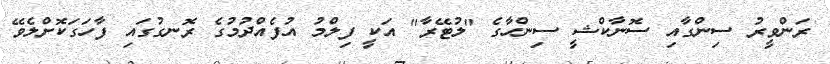
ރަންވީރު ސިންގާއި ސޮނާކްޝީ ސިންހާގެ "ލުޓޭރާ" އަކީ ފިލްމު އުފެއްދުމުގެ ރޮނގުގައި ފާހަގަކޮށްލެވޭ